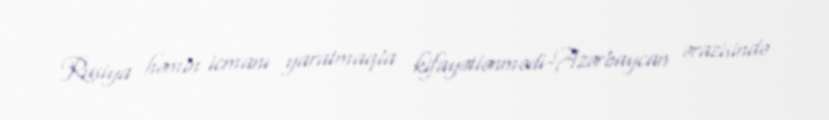
Rusiya həmin icmanı yaratmaqla kifayətlənmədi-Azərbaycan ərazisində